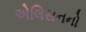
એલિસનનો